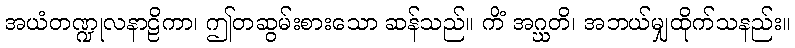
အယံတဏ္ဍုလနာဠိကာ၊ ဤတဆွမ်းစားသော ဆန်သည်။ ကိံ အဂ္ဃတိ၊ အဘယ်မျှထိုက်သနည်း။